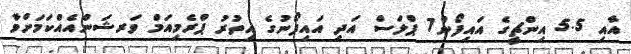
އާއި 5.5 އިންޗީގެ އައިފޯން7 ޕްލަސް އަދި އައިފޯނުގެ އިތުރު ޕްރެމިއަމް ވަރޝަންއެއްކަމަށްވާ